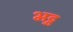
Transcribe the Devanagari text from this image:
भट्ट़